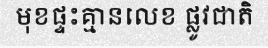
មុខផ្ទះគ្មានលេខ ផ្លូវជាតិ